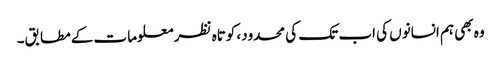
وہ بھی ہم انسانوں کی اب تک کی محدود، کوتاہ نظر معلومات کے مطابق۔